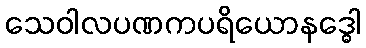
သေဝါလပဏကပရိယောနဒ္ဓေါ